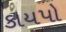
કાયપો